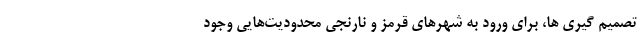
تصمیم گیری ها، برای ورود به شهرهای قرمز و نارنجی محدودیت‌هایی وجود